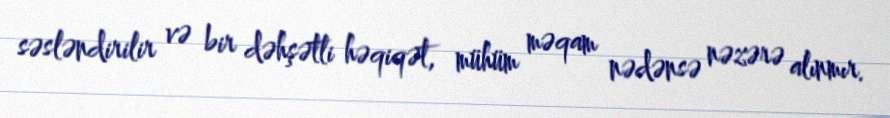
səsləndirilir və bir dəhşətli həqiqət, mühüm məqam nədənsə nəzərə alınmır.